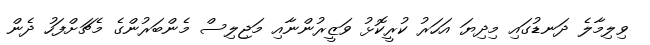
ވިލިމާލެ ދަނޑުގައި މިދިޔަ އަހަރު ކުރީކޮޅު ވަޒީރުންނާއި މަޖިލިސް މެންބަރުންގެ މެޗަށްފަހު ދެން